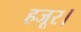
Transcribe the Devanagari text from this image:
हजूर।